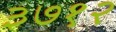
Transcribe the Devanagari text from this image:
३७१२